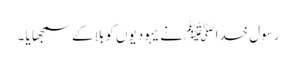
رسول خدا ﷺ نے یہودیوں کو بلا کے سمجھا یا ۔